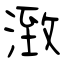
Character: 㴛